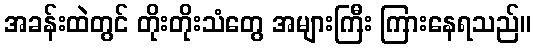
အခန်းထဲတွင် တိုးတိုးသံတွေ အများကြီး ကြားနေရသည်။